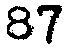
87